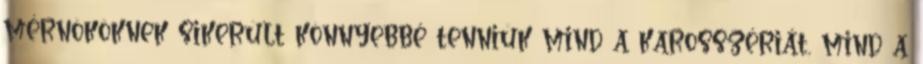
mérnököknek sikerült könnyebbé tenniük mind a karosszériát, mind a